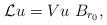
LaTeX: \begin{align*}\mathcal{L}u = Vu \ B_{r_0}, \end{align*}